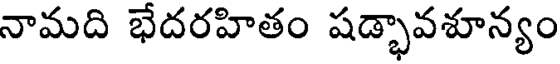
నామది భేదరహితం షడ్భావశూన్యం